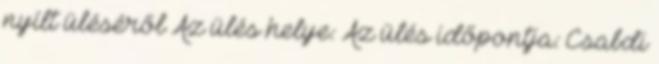
nyílt üléséről Az ülés helye: Az ülés időpontja: Csabdi